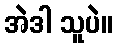
အဲဒါ သူပဲ။